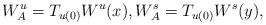
LaTeX: \begin{align*}W_A^u = T_{u(0)} W^u(x), W^s_A = T_{u(0)} W^s(y),\end{align*}